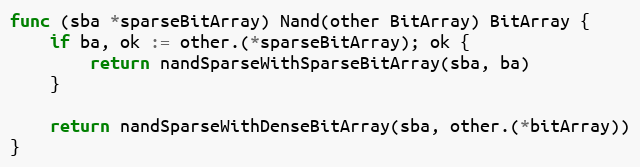
Language: Go
func (sba *sparseBitArray) Nand(other BitArray) BitArray {
	if ba, ok := other.(*sparseBitArray); ok {
		return nandSparseWithSparseBitArray(sba, ba)
	}

	return nandSparseWithDenseBitArray(sba, other.(*bitArray))
}